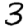
Digit: 3